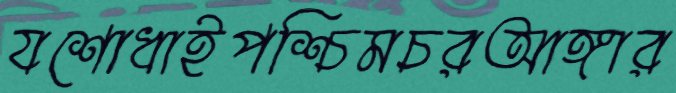
যশোধাইপশ্চিমচরআঙ্গার